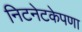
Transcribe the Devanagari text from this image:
निटनेटकेपणा